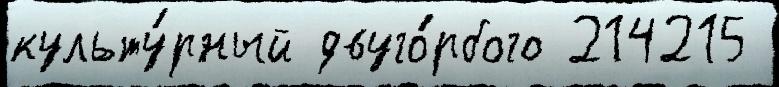
культу́рный двуго́рбого 214215